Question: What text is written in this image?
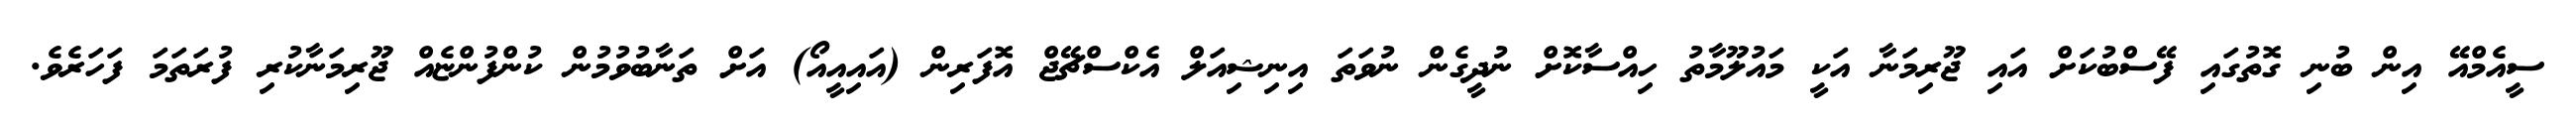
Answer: ސީއެމްއޭ އިން ބުނި ގޮތުގައި ފޭސްބުކަށް އައި ޖޫރިމަނާ އަކީ މައުލޫމާތު ހިއްސާކޮށް ނުދީގެން ނުވަތަ އިނިޝިއަލް އެކްސްޗޭޖް އޮފަރިން (އައިއީއޯ) އަށް ތަނާބުވުމުން ކުންފުންޏެއް ޖޫރިމަނާކުރި ފުރަތަމަ ފަހަރެވެ.